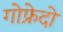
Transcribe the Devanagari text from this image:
गोफ्रेदो